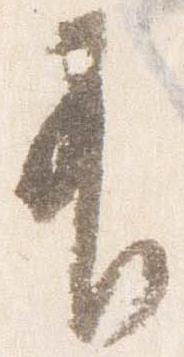
有